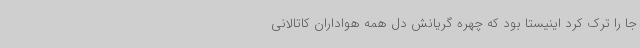
جا را ترک کرد اینیستا بود که چهره گریانش دل همه هواداران کاتالانی